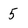
Character: 5